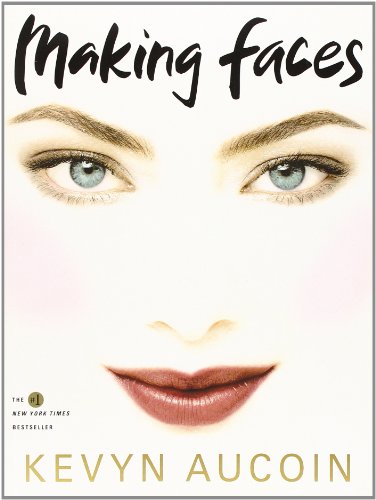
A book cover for Making Faces; Kevyn Aucoin; Health, Fitness & Dieting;